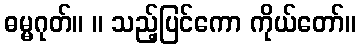
ဓမ္မဂုတ်။ ။ သည့်ပြင်ကော ကိုယ်တော်။